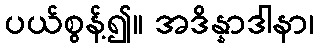
ပယ်စွန့်၍။ အဒိန္နာဒါနာ၊